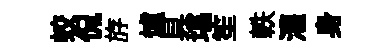
蛟侃斿爐具堪笙軼灌身